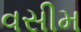
વસીમ